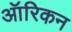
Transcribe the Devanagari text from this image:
ऑरिकन